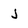
Character: j